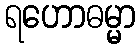
ရဟောဓမ္မာ